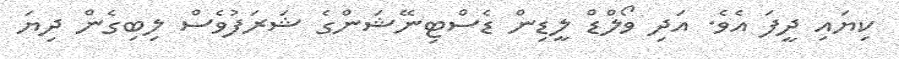
ކިޔައި ދީފަ އެވެ. އަދި ވޯލްޑް ލީޑިން ޑެސްޓިނޭޝަންގެ ޝަރަފުވެސް ލިބިގެން ދިޔަ